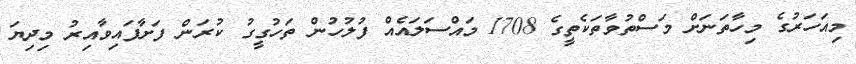
މިއަހަރުގެ މިހާތަނަށް މަސްތުވާތަކެތީގެ 1708 މައްސަލައެއް ފުލުހުން ތަހުގީގު ކުރަން ފަށާފައިވާއިރު މިދިޔަ